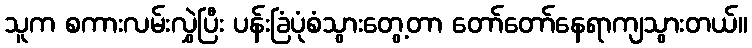
သူက စကားလမ်းလွှဲပြီး ပန်းခြံပုံစံသွားတွေ့တာ တော်တော်နေရာကျသွားတယ်။